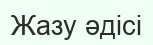
Жазу әдісі